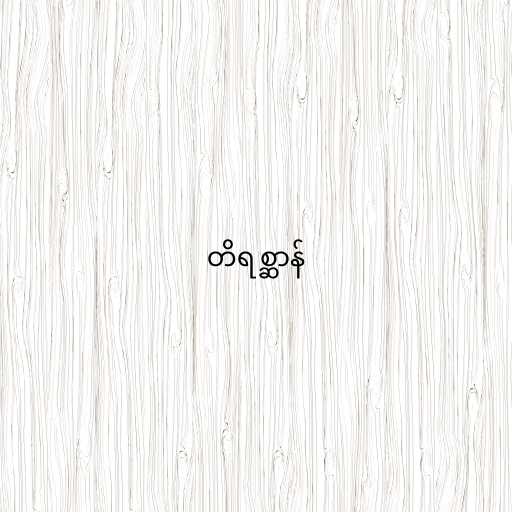
တိရစ္ဆာန်